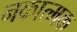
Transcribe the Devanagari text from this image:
नकात्मक